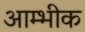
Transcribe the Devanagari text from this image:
आम्भीक